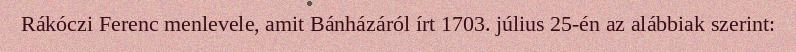
Rákóczi Ferenc menlevele, amit Bánházáról írt 1703. július 25-én az alábbiak szerint: